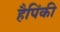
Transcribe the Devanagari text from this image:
हैपिंकी